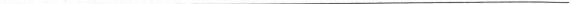
___